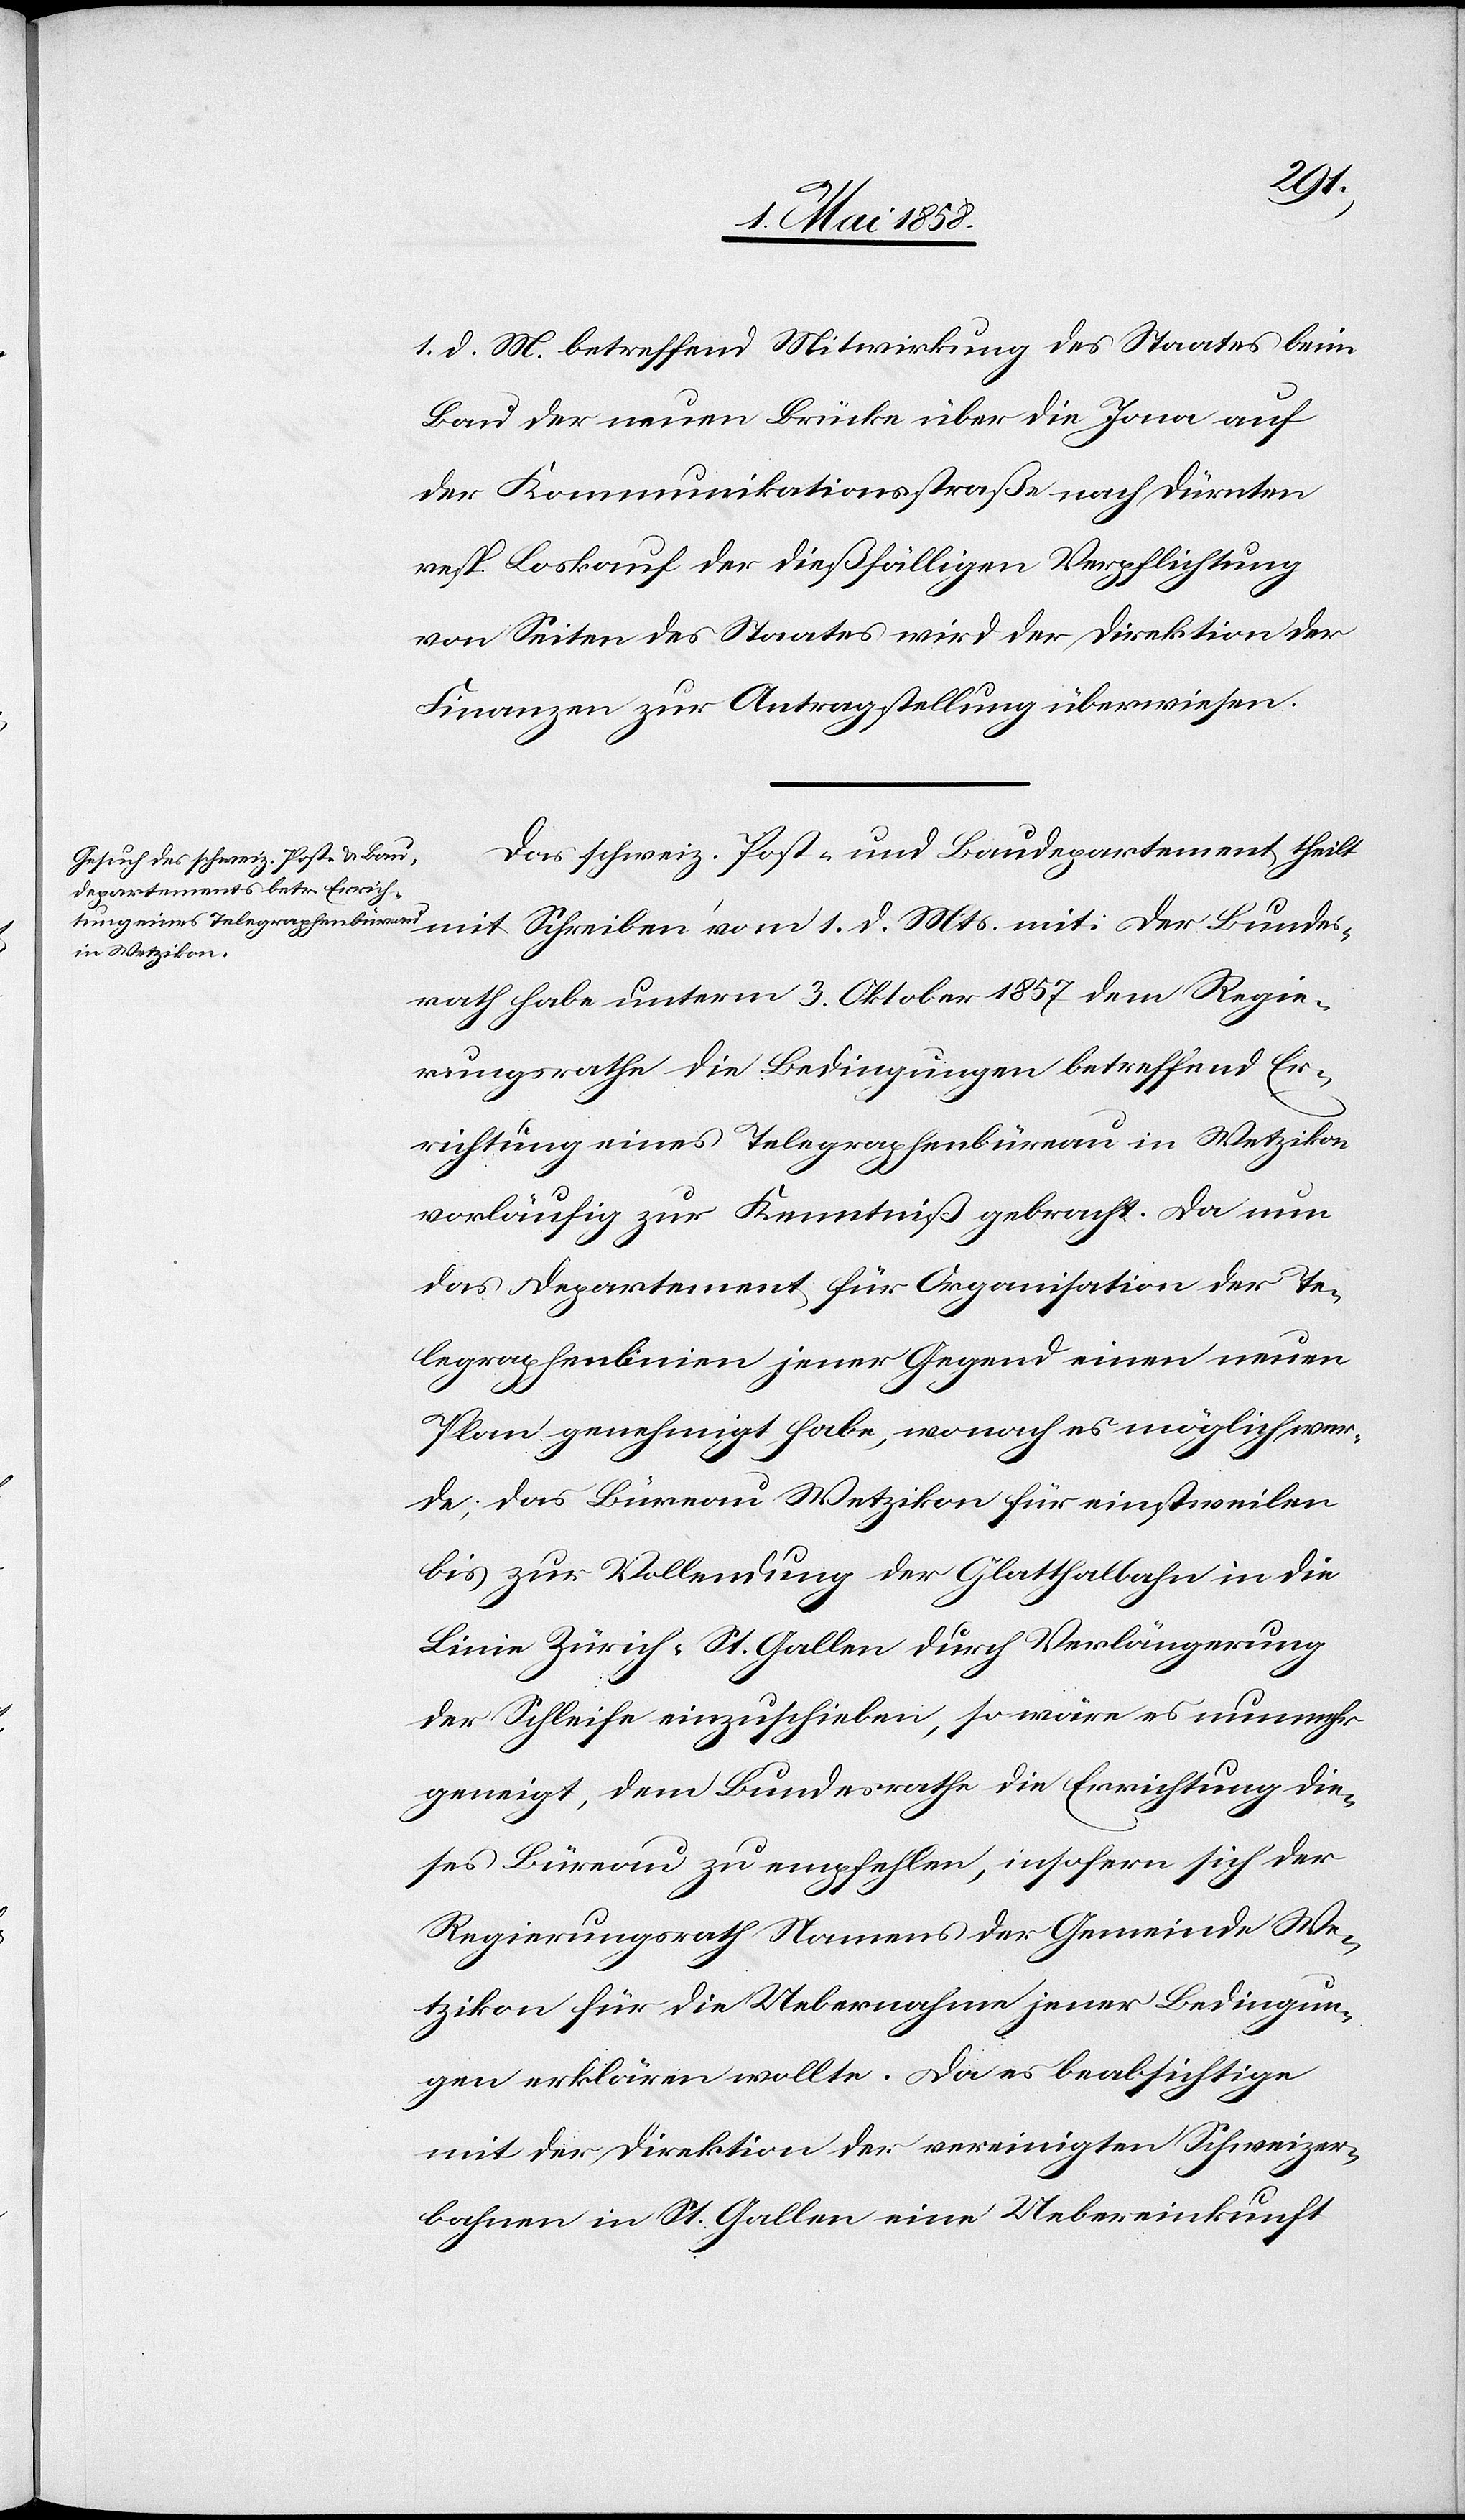
Mts.
mit: Der Bundes¬
1. d. M. betreffend Mitwirkung des Staates beim
Bau der neuen Brücke über die Jona auf
der Kommunikationsstraße nach Dürnten
resp. Loskauf der dießfälligen Verpflichtung
von Seiten des Staates wird der Direktion der
Finanzen zur Antragstellung überwiesen.
Das schweiz. Post- und Baudepartement theilt
rath habe unterm 3. Oktober 1857 dem Regie¬
rungsrathe die Bedingungen betreffend Er¬
richtung eines Telegraphenbüreau in Wetzikon
vorläufig zur Kenntniß gebracht. Da nun
das Departement für Organisation der Te¬
legraphenlinien jener Gegen einen neuen
Plan genehmigt habe, wonach es möglich wer¬
de, das Bürau Wetzikon für einstweilen
bis zur Vollendung der Glatthaltbahn in die
Linie Zürich-St. Gallen durch Verlängerung
der Schleife einzuschieben, so wäre es nunmehr
geneigt, dem Bundesrathe die Errichtung die¬
ses Büreau zu empfehlen, insofern sich der
Regierungsrath Namens der Gemeinde We¬
tzikon für die Uebernahme jener Bedingun¬
gen erklären wollte. Da es beabsichtige
mit der Direktion der vereinigten Schweizer¬
bahnen in St. Gallen eine Uebereinkunft